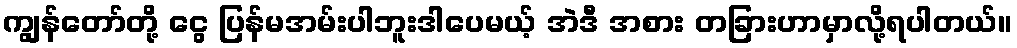
ကျွန်တော်တို့ ငွေ ပြန်မအမ်းပါဘူးဒါပေမယ့် အဲဒီ အစား တခြားဟာမှာလို့ရပါတယ်။